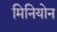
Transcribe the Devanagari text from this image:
मिनियोन